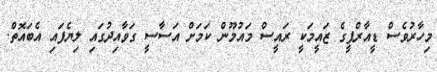
މިހާރުވެސް ޑީއާރްޕީގެ ޒައީމަކީ ރައީސް މައުމޫން ކަމަށް އަސާސީ ގަވާއިދުގައި ލިޔެފައި އެބައޮތް.